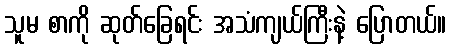
သူမ စာကို ဆုတ်ခြေရင်း အသံကျယ်ကြီးနဲ့ ပြောတယ်။